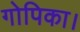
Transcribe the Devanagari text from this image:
गोपिका।